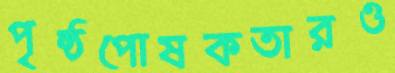
পৃষ্ঠপোষকতারও